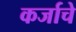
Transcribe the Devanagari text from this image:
कर्जाचे